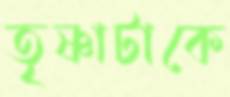
তৃষ্ণাটাকে